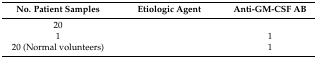
<table><thead><tr><td><b>No. Patient Samples</b></td><td><b>Etiologic Agent</b></td><td><b>Anti-GM-CSF AB</b></td></tr></thead><tbody><tr><td>20</td><td>[EMPTY_CELL]</td><td>[EMPTY_CELL]</td></tr><tr><td>1</td><td>[EMPTY_CELL]</td><td>1</td></tr><tr><td>20 (Normal volunteers)</td><td>[EMPTY_CELL]</td><td>1</td></tr></tbody></table>